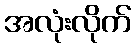
အလုံးလိုက်